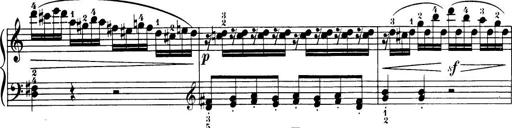
Title: 32 Sonatinas and Rondos for the Piano
Composer: Richard Kleinmichel